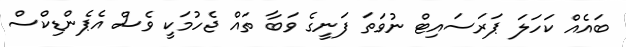
ބައެއް ކަހަލަ ޕަރަސައިޓް ނުވަތަ ފަނީގެ ވަބާ ތައް ޖެހުމަކީ ވެސް އެޕެންޑިކްސް